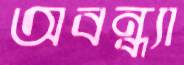
অবন্ধ্যা